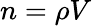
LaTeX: n=\rho V